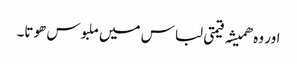
اور وہ ھمیشہ قیمتی لباس میں ملبوس ھوتا۔